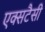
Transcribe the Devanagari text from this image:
एक्सटैसी